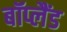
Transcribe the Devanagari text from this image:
बॉप्लैंड